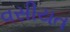
વસીયત